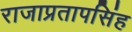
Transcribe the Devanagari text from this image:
राजाप्रतापसिंह